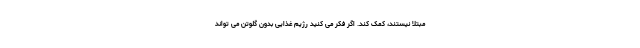
مبتلا نیستند، کمک کند. اگر فکر می کنید رژیم غذایی بدون گلوتن می تواند